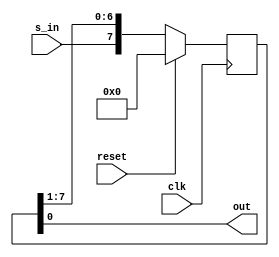

module Bidirectional(out,clk,reset,s_in);
  
  parameter n=8;
  
  output out;
  input clk, reset;
  input s_in;
  
  reg [n-1:0] r_reg;
  wire [n-1:0] r_next;
  
  always @(posedge clk)
    begin
      if(reset)
        r_reg<=0;
      else
        r_reg<=r_next;
    end
  
  assign r_next={s_in, r_reg[n-1:1]};
  assign out=r_reg[0];
endmodule